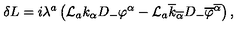
\delta L = i \lambda ^ { a } \left( { \cal L } _ { a } k _ { \alpha } D _ { - } \varphi ^ { \alpha } - { \cal L } _ { a } \overline { { k } } _ { \overline { { \alpha } } } D _ { - } \overline { { \varphi } } ^ { \overline { { \alpha } } } \right) ,